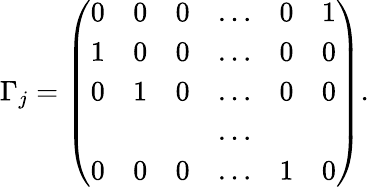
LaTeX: \Gamma_{j}=\left(\begin{array}{cccccc}{{0}}&{{0}}&{{0}}&{{\ldots}}&{{0}}&{{1}}\\ {{1}}&{{0}}&{{0}}&{{\ldots}}&{{0}}&{{0}}\\ {{0}}&{{1}}&{{0}}&{{\ldots}}&{{0}}&{{0}}\\ {{}}&{{}}&{{}}&{{\ldots}}&{{}}&{{}}\\ {{0}}&{{0}}&{{0}}&{{\ldots}}&{{1}}&{{0}}\end{array}\right).